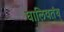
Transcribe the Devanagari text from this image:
घालिवतंय्